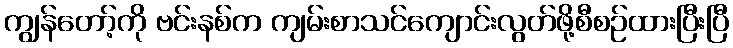
ကျွန်တော့်ကို ဗင်းနစ်က ကျမ်းစာသင်ကျောင်းလွတ်ဖို့စီစဉ်ထားပြီးပြီ